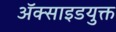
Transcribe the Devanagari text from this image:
अॅक्साइडयुक्त